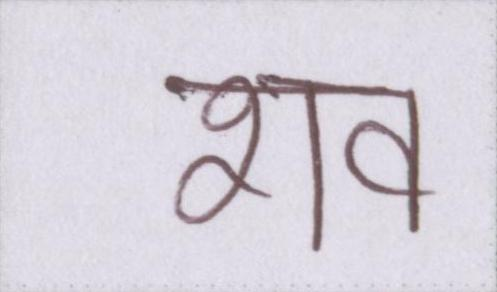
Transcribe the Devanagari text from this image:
शव